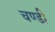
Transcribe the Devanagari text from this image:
चण्‍डी